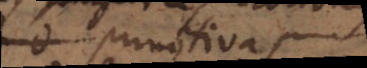
primitivas